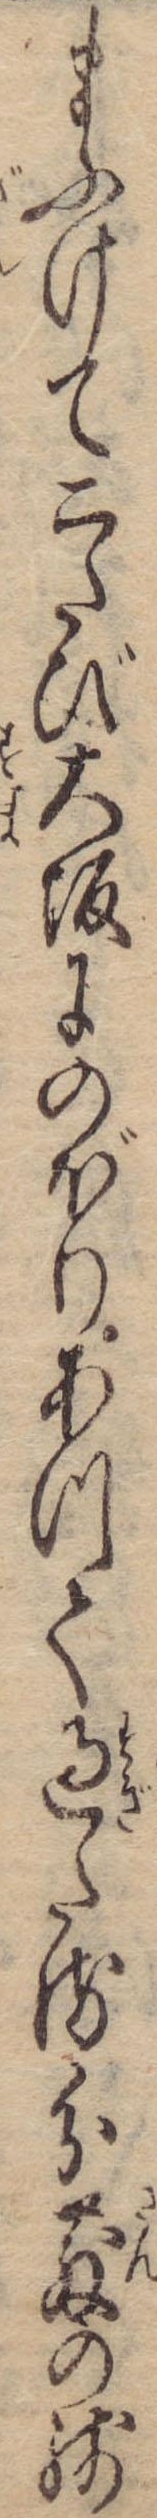
まふけて二たび大坂にのぼりあつて過たる分散の残